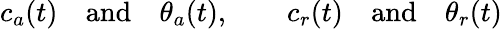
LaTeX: c_{a}(t)\quad\textrm{and}\quad\theta_{a}(t),\quad\quad c_{r}(t)\quad\textrm{and}\quad\theta_{r}(t)